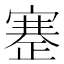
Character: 𰙶